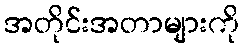
အတိုင်းအတာများကို